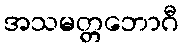
အသမတ္တဘောဂီ